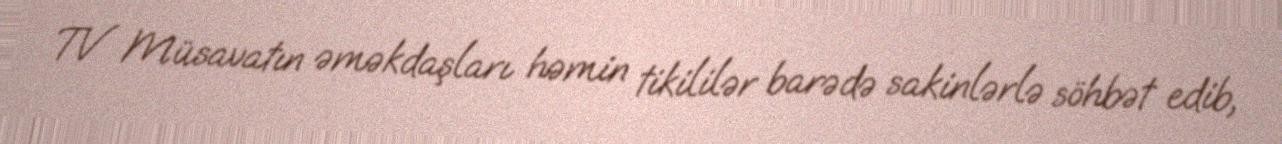
TV Müsavatın əməkdaşları həmin tikililər barədə sakinlərlə söhbət edib,